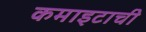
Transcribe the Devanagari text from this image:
कमाइटाची